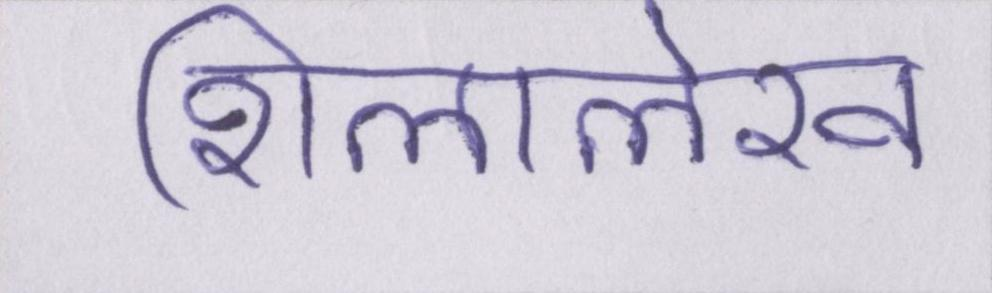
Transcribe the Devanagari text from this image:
शिलालेख